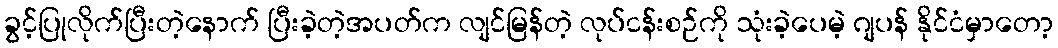
ခွင့်ပြုလိုက်ပြီးတဲ့နောက် ပြီးခဲ့တဲ့အပတ်က လျင်မြန်တဲ့ လုပ်ငန်းစဉ်ကို သုံးခဲ့ပေမဲ့ ဂျပန် နိုင်ငံမှာတော့